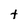
Character: t